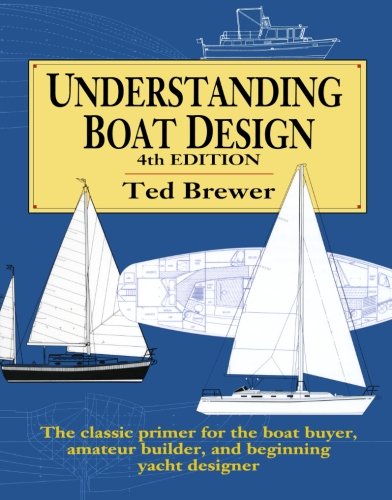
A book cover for Understanding Boat Design; Ted Brewer; Sports & Outdoors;